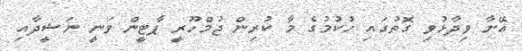
އޭނާ ވިދާޅުވި ގޮތުގައި ހުކުމުގެ މާ ކުރިން ޖުމްހޫރީ ޕާޓީން ވަނީ ނަޝީދާއި